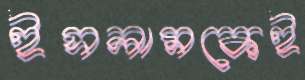
ইসলামকেই